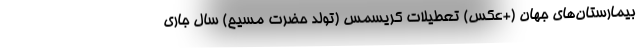
بیمارستان‌های جهان (+عکس) تعطیلات کریسمس (تولد حضرت مسیح) سال جاری